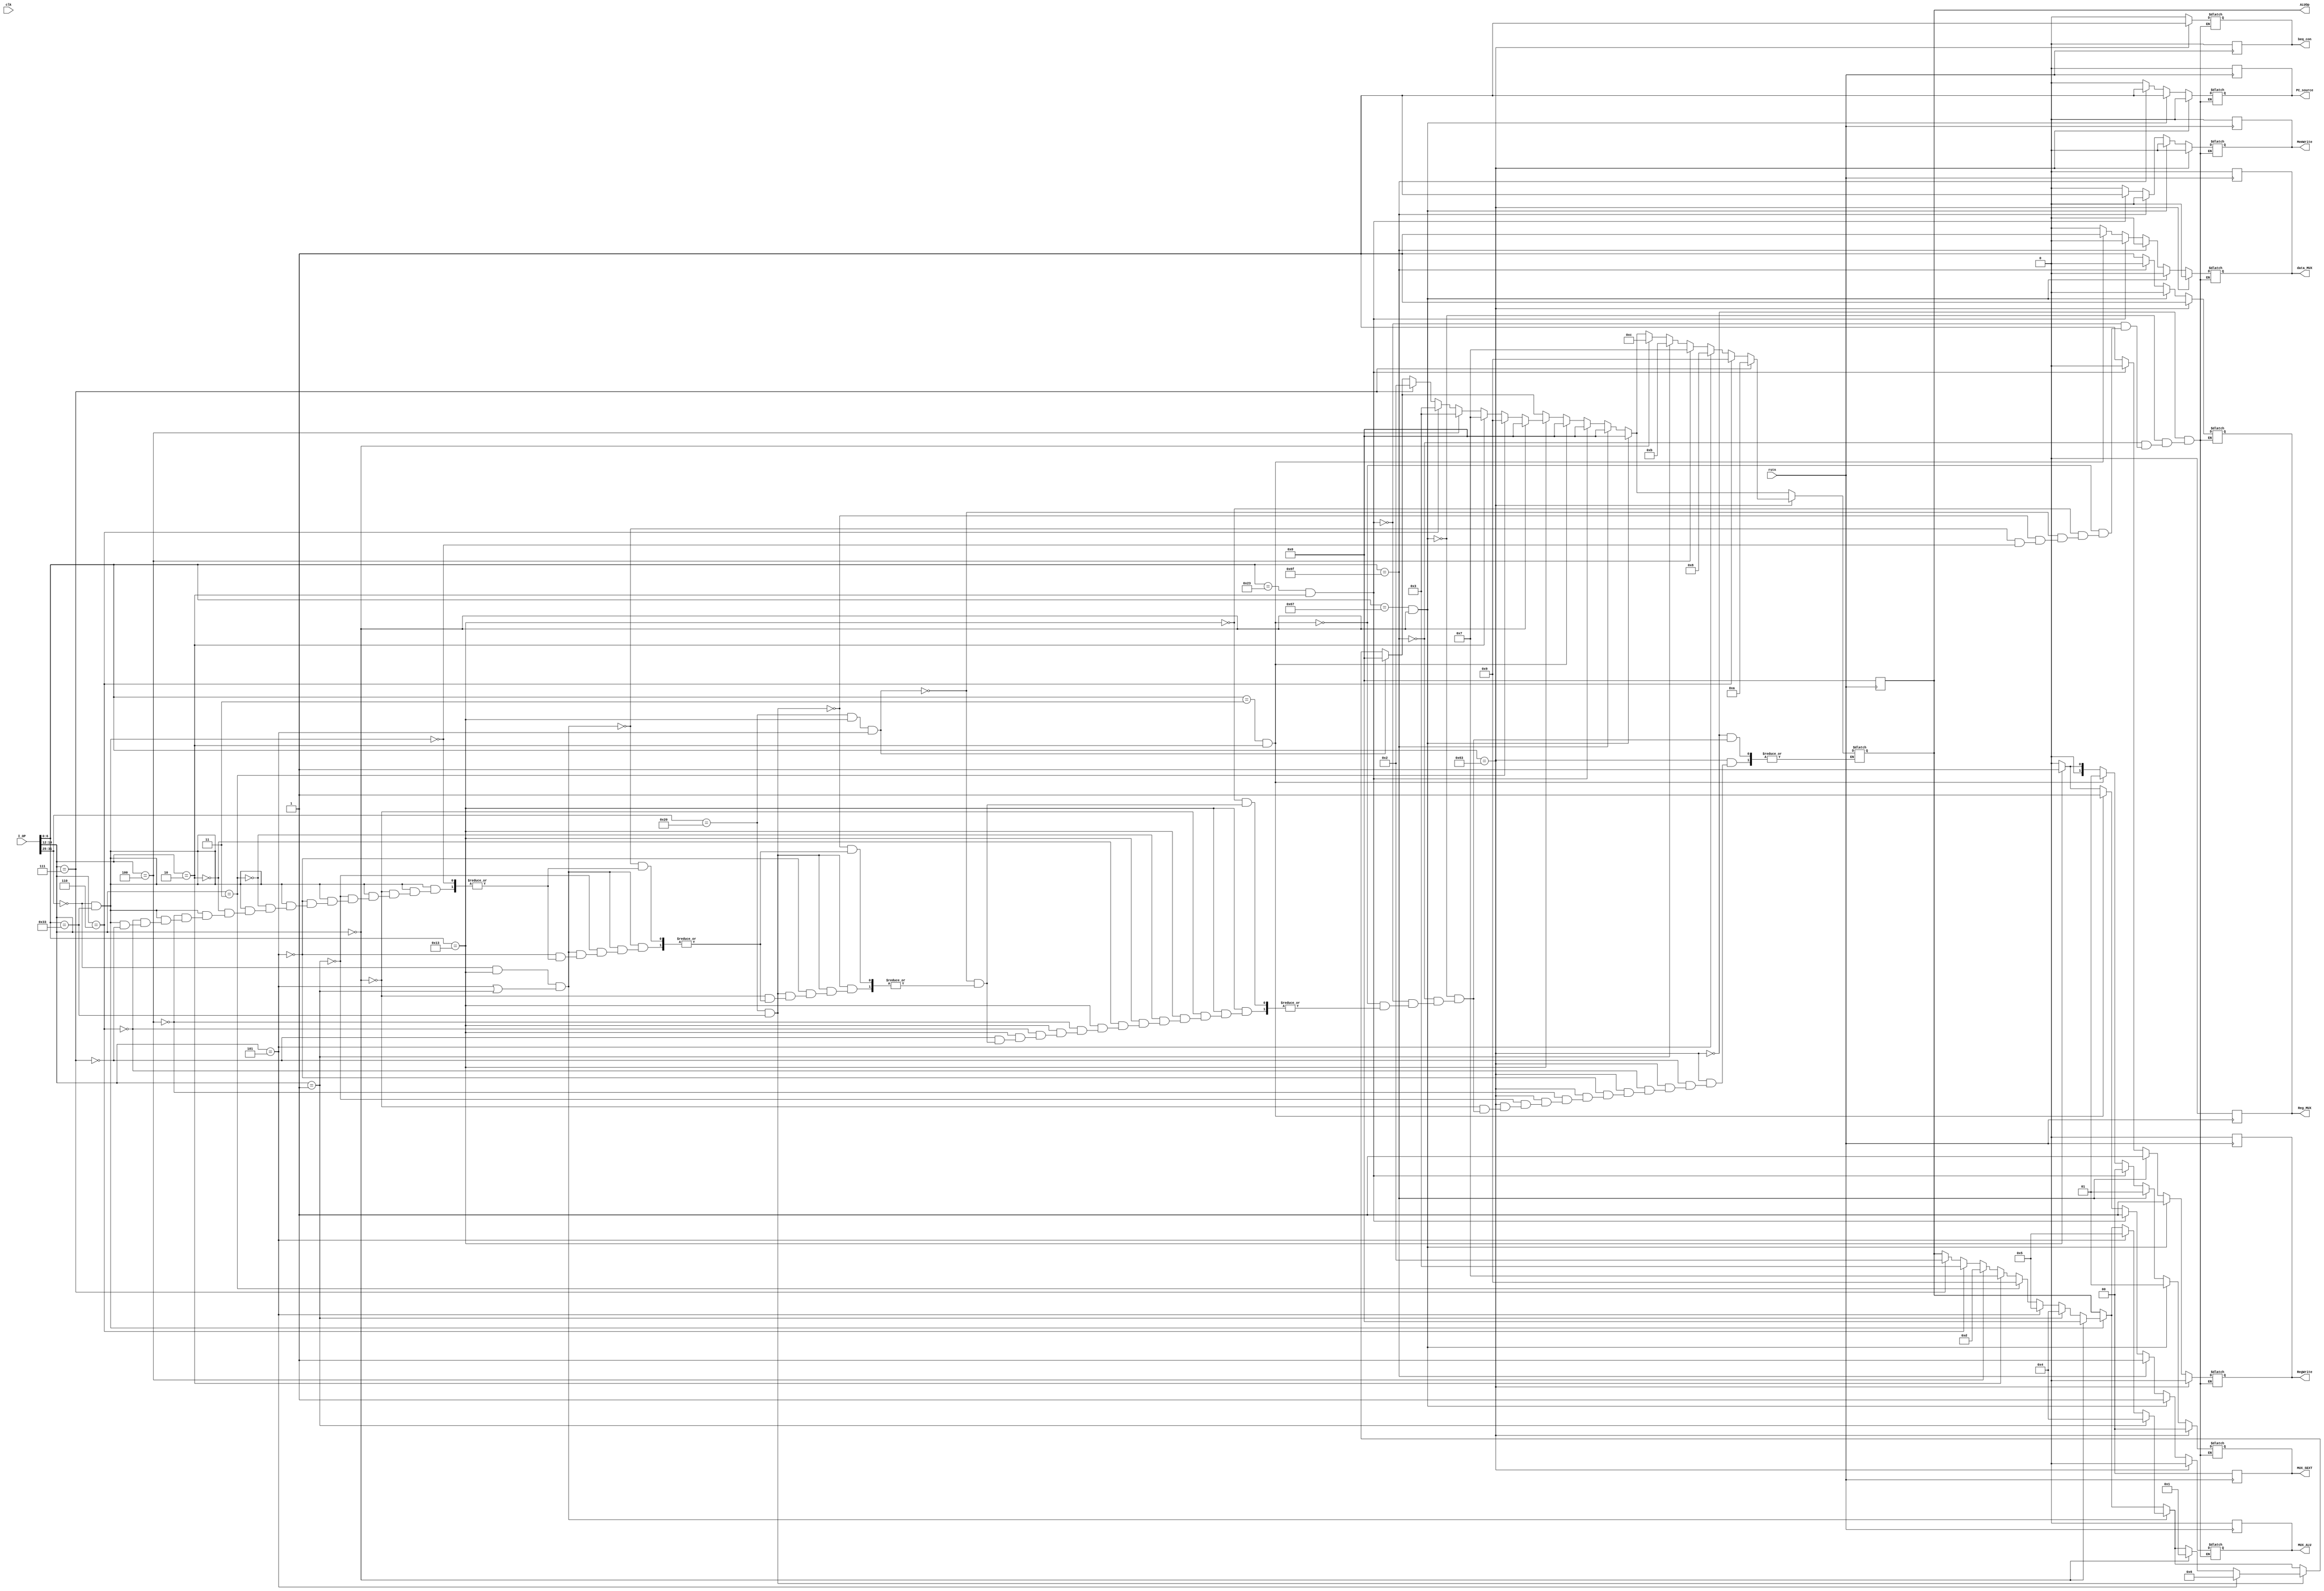
module CONTROL (
	input  wire clk,
    input  wire rstn,
    input wire [31:0] I_OP,
    output reg PC_source,//MUX for pc
    output reg [1:0]MUX_SEXT,//mux for sign extend
    output reg RegWrite,//Register
    output reg MemWrite,//data
    output reg [3:0] ALUOp,
    output reg Reg_MUX,//RegDst
    output reg MUX_ALU,
    output reg data_MUX,
    output reg beq_con
);

always @(posedge rstn) begin
    PC_source=0;
    MUX_SEXT=2'b00;
    RegWrite=0;
    MemWrite=0;
    ALUOp=4'b0000;
    Reg_MUX=0;
    MUX_ALU=0;
    beq_con=0;
    data_MUX=0;
end

always @(*) begin

	if(I_OP[31:25]==7'b0000000&&I_OP[6:0]==7'b0110011)begin
        PC_source=0;
        MUX_SEXT=2'b00;
        RegWrite=1;
        MemWrite=0;
        Reg_MUX=1;
        MUX_ALU=0;
        beq_con=0;
        data_MUX=0;
		if(I_OP[14:12]==3'b111)begin//AND
            ALUOp=4'b0010;
        end
        if(I_OP[14:12]==3'b110)begin//OR
            ALUOp=4'b0011;
        end
        if(I_OP[14:12]==3'b100)begin//XOR
            ALUOp=4'b1101;
        end
        if(I_OP[14:12]==3'b010)begin//SLT
            ALUOp=4'b0111;
        end
        if(I_OP[14:12]==3'b011)begin//SLTU
            ALUOp=4'b1001;
        end
        if(I_OP[14:12]==3'b101)begin//SRL
            ALUOp=4'b0101;
        end
        if(I_OP[14:12]==3'b001)begin//SLL
            ALUOp=4'b0100;
        end
        if(I_OP[14:12]==3'b000)begin//ADD
            ALUOp=4'b0000;
        end
	end

	
    if(I_OP[31:25]==7'b0000000&&I_OP[6:0]==7'b0010011&&(I_OP[14:12]==3'b101||I_OP[14:12]==3'b001))begin
        PC_source=0;
        MUX_SEXT=2'b00;
        RegWrite=1;
        MemWrite=0;
        Reg_MUX=1;
        MUX_ALU=0;
        beq_con=0;
        data_MUX=0;
        if(I_OP[14:12]==3'b101)begin//SRLI
            ALUOp=4'b0101;
        end
        if(I_OP[14:12]==3'b001)begin//SLLI
            ALUOp=4'b0100;
        end
    end
    if (I_OP[31:25]==7'b0100000&&I_OP[6:0]==7'b0110011)begin//sub
        PC_source=0;
        MUX_SEXT=2'b00;
        RegWrite=1;
        MemWrite=0;
        Reg_MUX=1;
        MUX_ALU=0;
        beq_con=0;
        data_MUX=0;
        if(I_OP[14:12]==3'b000)begin//SUB
            ALUOp=4'b0001;
        end
        if(I_OP[14:12]==3'b101)begin//SRA
            ALUOp=4'b0110;
        end
    end
	if (I_OP[31:25]==7'b0100000&&I_OP[6:0]==7'b0010011&&I_OP[14:12]==3'b101)begin
		PC_source=0;
        MUX_SEXT=2'b00;
        data_MUX=0;
        RegWrite=1;
        MemWrite=0;
        ALUOp=4'b0000;
        Reg_MUX=1;
        MUX_ALU=0;
        beq_con=0;
		//SRAI
	end
		

	if (I_OP[6:0]==7'b0010011)begin//ANDI
        PC_source=0;
        MUX_SEXT=2'b01;
        RegWrite=1;
        MemWrite=0;
        Reg_MUX=1;
        MUX_ALU=1;
        beq_con=0;
        data_MUX=0;
        if(I_OP[14:12]==3'b111)begin//ANDI
            ALUOp=4'b0010;
        end
        if(I_OP[14:12]==3'b110)begin//ORI
            ALUOp=4'b0011;
        end
        if(I_OP[14:12]==3'b100)begin//XORI
            ALUOp=4'b0011;
        end
        if(I_OP[14:12]==3'b010)begin//SLTI
            ALUOp=4'b0111;
        end
        if(I_OP[14:12]==3'b011)begin//SLTIU
            ALUOp=4'b1001;
        end
        if(I_OP[14:12]==3'b000)begin//ADDI
            ALUOp=4'b0000;
        end
    end
	if(I_OP[6:0]==7'b0000011&&I_OP[14:12]== 3'b010)begin
		PC_source=0;
        MUX_SEXT=2'b01;
        RegWrite=1;
        MemWrite=0;
        ALUOp=4'b0000;
        Reg_MUX=1;
        MUX_ALU=1;
        beq_con=0;
        data_MUX=1;
			//LW
	end
	if (I_OP[6:0]==7'b0100011&&I_OP[14:12]==3'b010)begin
		PC_source=0;
        MUX_SEXT=2'b00;
        RegWrite=0;
        MemWrite=1;
        ALUOp=4'b0000;
        Reg_MUX=1;
        MUX_ALU=1;
        beq_con=0;
        data_MUX=0;
			//SW
	end
	
	if(I_OP[6:0]==7'b1101111)begin
		PC_source=1;
        MUX_SEXT=2'b01;
        RegWrite=1;
        MemWrite=0;
        ALUOp=4'b0000;
        Reg_MUX=0;
        MUX_ALU=1;
        beq_con=0;
        data_MUX=0;
		//JAL
	end


	if(I_OP[6:0]==7'b1100111&&I_OP[14:12]==3'b000)begin
		PC_source=1;
        MUX_SEXT=2'b01;
        RegWrite=1;
        MemWrite=0;
        ALUOp=4'b0000;
        Reg_MUX=0;
        MUX_ALU=1;
        beq_con=0;
        data_MUX=0;
		//JALR
	end

	if (I_OP[6:0]==7'b1100011)begin//BEQ
        PC_source=0;
        MUX_SEXT=2'b00;
        RegWrite=0;
        MemWrite=0;
        Reg_MUX=1;
        MUX_ALU=0;
        beq_con=1;
        data_MUX=0;
        if(I_OP[14:12]==3'b000)begin//BEQ
            ALUOp=4'b1100;
        end
        if(I_OP[14:12]==3'b001)begin//BNE
            ALUOp=4'b1011;
        end
        if(I_OP[14:12]==3'b100)begin//BLT
            ALUOp=4'b0111;
        end
        if(I_OP[14:12]==3'b101)begin//BGE
            ALUOp=4'b1000;
        end
        if(I_OP[14:12]==3'b110)begin//BLTU
            ALUOp=4'b1001;
        end
        if(I_OP[14:12]==3'b111)begin//BGEU
            ALUOp=4'b1010;
        end
    end
end
endmodule //CONTROL